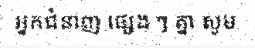
អ្នកជំនាញ ផ្សេង ៗ គ្នា សូម